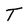
Character: T